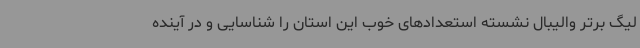
لیگ برتر والیبال نشسته استعدادهای خوب این استان را شناسایی و در آینده